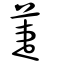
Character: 萐